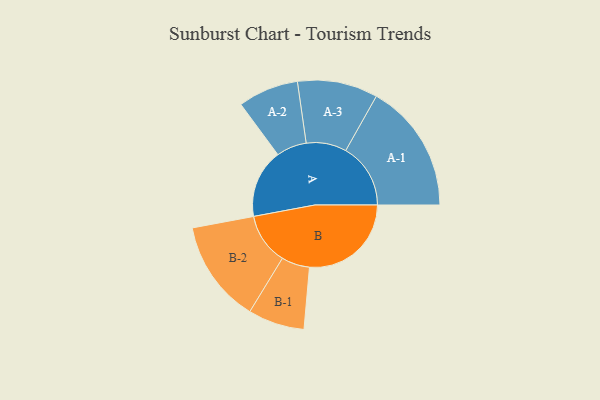
{"axis": {"x": "Segment", "y": "Value"}, "legend": ["", "A", "B"], "data": [{"x": "A", "y": 270, "type": ""}, {"x": "B", "y": 400, "type": ""}, {"x": "A-1", "y": 255, "type": "A"}, {"x": "A-2", "y": 119, "type": "A"}, {"x": "A-3", "y": 158, "type": "A"}, {"x": "B-1", "y": 111, "type": "B"}, {"x": "B-2", "y": 202, "type": "B"}]}